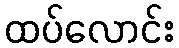
ထပ်လောင်း